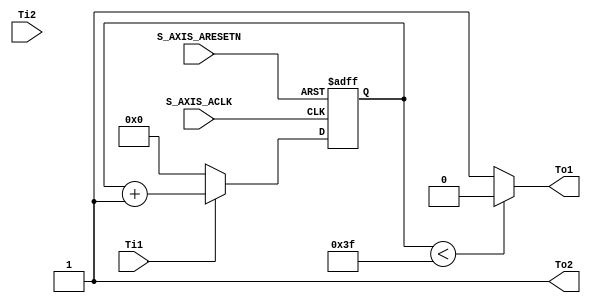
module Timer(
S_AXIS_ACLK,S_AXIS_ARESETN,Ti1,Ti2,To1,To2
);
	
    input  S_AXIS_ACLK;
    input  S_AXIS_ARESETN;
    input  Ti1,Ti2;
    output To1,To2;
    
    reg [7:0]  cnt1;
    reg [7:0]  cnt2;
    
    //  2 
    always @(posedge S_AXIS_ACLK or negedge S_AXIS_ARESETN) begin
        if(!S_AXIS_ARESETN)
            cnt1 <= 0;
        else begin
            if(Ti1)
                cnt1 <= cnt1 + 1'b1;
            else 
                cnt1 <= 0;
        end
    end
    always @(posedge S_AXIS_ACLK or negedge S_AXIS_ARESETN) begin
        if(!S_AXIS_ARESETN)
            cnt2 <= 0;
        else begin
            if(Ti2)
                cnt2 <= cnt2 + 1'b1;
            else 
                cnt2 <= 0;
        end
    end

    assign To1 = (cnt1 < 8'd63)? 0:1;
    assign To2 = 1;
    
endmodule